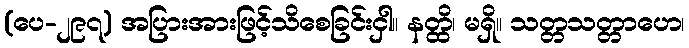
(ပေ-၂၉၇) အပြားအားဖြင့်သိစေခြင်းငှါ။ နတ္ထိ၊ မရှိ။ သတ္တသတ္တာဟေ၊